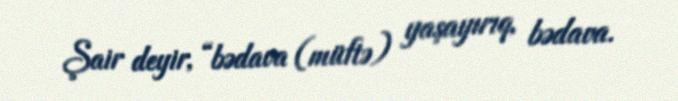
Şair deyir, “bədava (müftə) yaşayırıq, bədava.